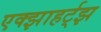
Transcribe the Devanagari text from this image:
एक्झाहर्ट्‌झ